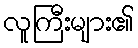
လူကြီးများ၏